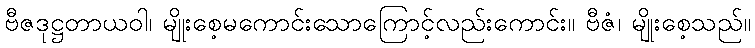
ဗီဇဒုဋ္ဌတာယဝါ၊ မျိုးစေ့မကောင်းသောကြောင့်လည်းကောင်း။ ဗီဇံ၊ မျိုးစေ့သည်။